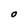
Character: O